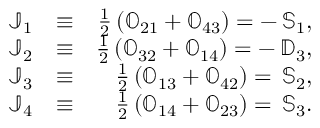
\begin{array} { r l r } { { \mathbb J } _ { 1 } } & { \equiv } & { \frac { 1 } { 2 } \left( { \mathbb O } _ { 2 1 } + { \mathbb O } _ { 4 3 } \right) = - \, { \mathbb S } _ { 1 } , } \\ { { \mathbb J } _ { 2 } } & { \equiv } & { \frac { 1 } { 2 } \left( { \mathbb O } _ { 3 2 } + { \mathbb O } _ { 1 4 } \right) = - \, { \mathbb D } _ { 3 } , } \\ { { \mathbb J } _ { 3 } } & { \equiv } & { \frac { 1 } { 2 } \left( { \mathbb O } _ { 1 3 } + { \mathbb O } _ { 4 2 } \right) = \, { \mathbb S } _ { 2 } , } \\ { { \mathbb J } _ { 4 } } & { \equiv } & { \frac { 1 } { 2 } \left( { \mathbb O } _ { 1 4 } + { \mathbb O } _ { 2 3 } \right) = \, { \mathbb S } _ { 3 } . } \end{array}